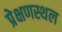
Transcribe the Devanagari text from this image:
प्रेक्षणस्थल